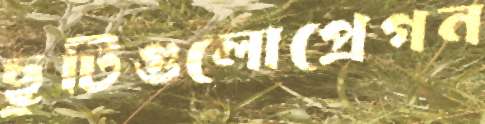
ছুটিগুলোপ্রেগন